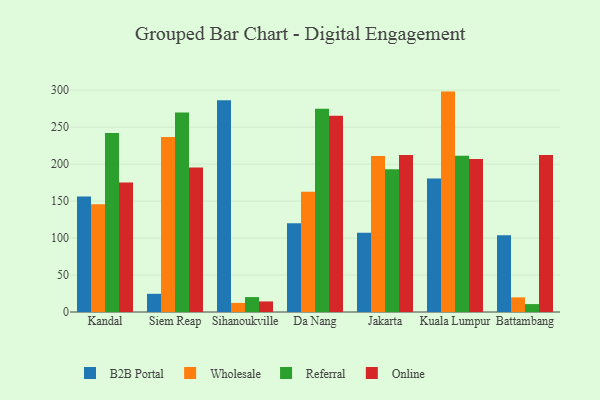
{"axis": {"x": "City", "y": "Energy Usage (MWh)"}, "legend": ["B2B Portal", "Online", "Referral", "Wholesale"], "data": [{"x": "Kandal", "y": 156.3, "type": "B2B Portal"}, {"x": "Kandal", "y": 145.7, "type": "Wholesale"}, {"x": "Kandal", "y": 242.1, "type": "Referral"}, {"x": "Kandal", "y": 175.2, "type": "Online"}, {"x": "Siem Reap", "y": 24.6, "type": "B2B Portal"}, {"x": "Siem Reap", "y": 236.8, "type": "Wholesale"}, {"x": "Siem Reap", "y": 269.8, "type": "Referral"}, {"x": "Siem Reap", "y": 195.4, "type": "Online"}, {"x": "Sihanoukville", "y": 286.3, "type": "B2B Portal"}, {"x": "Sihanoukville", "y": 12.3, "type": "Wholesale"}, {"x": "Sihanoukville", "y": 20.2, "type": "Referral"}, {"x": "Sihanoukville", "y": 14.3, "type": "Online"}, {"x": "Da Nang", "y": 120.0, "type": "B2B Portal"}, {"x": "Da Nang", "y": 162.7, "type": "Wholesale"}, {"x": "Da Nang", "y": 274.9, "type": "Referral"}, {"x": "Da Nang", "y": 265.4, "type": "Online"}, {"x": "Jakarta", "y": 107.2, "type": "B2B Portal"}, {"x": "Jakarta", "y": 210.9, "type": "Wholesale"}, {"x": "Jakarta", "y": 193.1, "type": "Referral"}, {"x": "Jakarta", "y": 212.3, "type": "Online"}, {"x": "Kuala Lumpur", "y": 180.5, "type": "B2B Portal"}, {"x": "Kuala Lumpur", "y": 298.1, "type": "Wholesale"}, {"x": "Kuala Lumpur", "y": 211.5, "type": "Referral"}, {"x": "Kuala Lumpur", "y": 207.0, "type": "Online"}, {"x": "Battambang", "y": 103.8, "type": "B2B Portal"}, {"x": "Battambang", "y": 19.8, "type": "Wholesale"}, {"x": "Battambang", "y": 10.7, "type": "Referral"}, {"x": "Battambang", "y": 212.4, "type": "Online"}]}